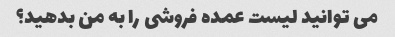
می توانید لیست عمده فروشی را به من بدهید؟